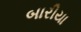
બારીયા